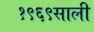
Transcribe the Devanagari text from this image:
१९६९साली